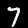
Digit: 7